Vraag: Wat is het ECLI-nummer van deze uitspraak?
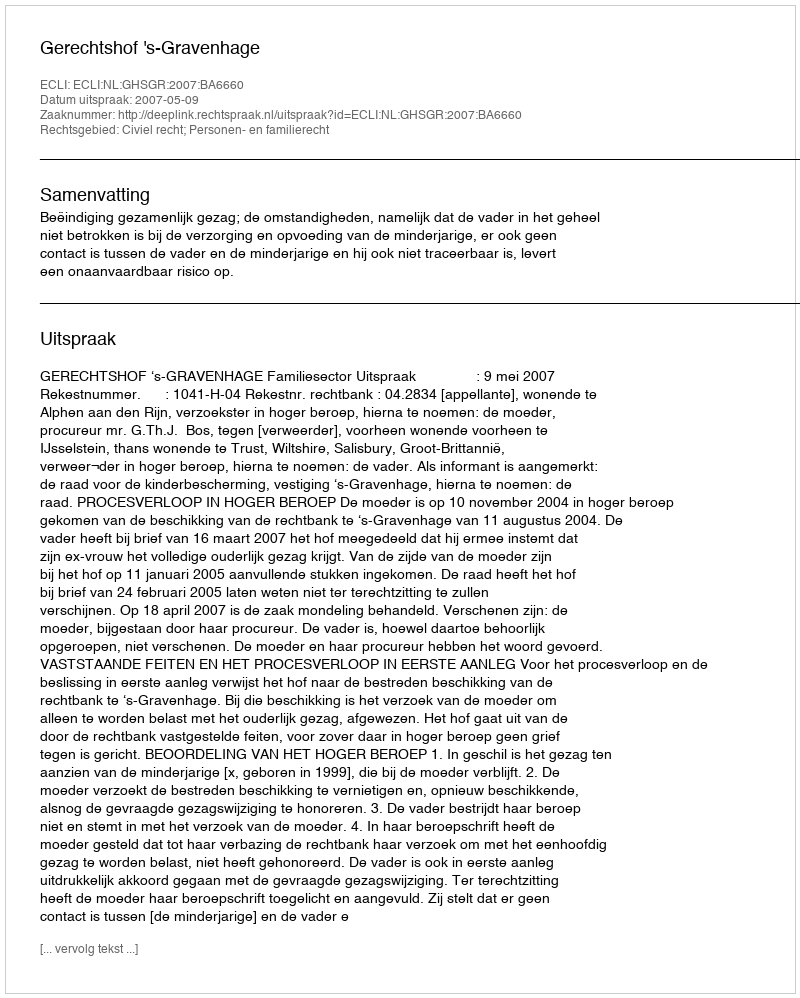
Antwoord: ECLI:NL:GHSGR:2007:BA6660